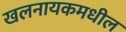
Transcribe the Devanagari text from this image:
खलनायकमधील